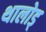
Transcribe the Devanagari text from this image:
थालोड्